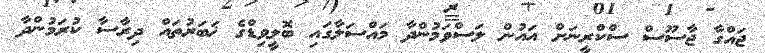
ޖައްގާ ޖާސޫސް ސްކްރީނަށް އައުން ލަސްވަމުންދާ މައްސަލާގައި ބޮލީވިޑްގެ ޚަބަރުތައް ދިރާސާ ކުރަމުންދާ